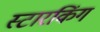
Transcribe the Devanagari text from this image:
स्‍टारकिंग